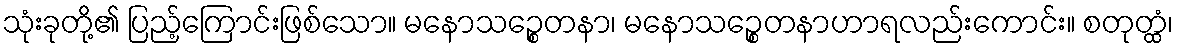
သုံးခုတို့၏ ပြည့်ကြောင်းဖြစ်သော။ မနောသဉ္စေတနာ၊ မနောသဉ္စေတနာဟာရလည်းကောင်း။ စတုတ္ထံ၊